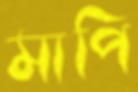
মাপি